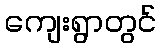
ကျေးရွာတွင်